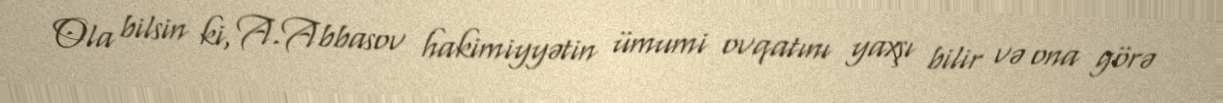
Ola bilsin ki, A.Abbasov hakimiyyətin ümumi ovqatını yaxşı bilir və ona görə